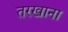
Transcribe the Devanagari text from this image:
तरखाना